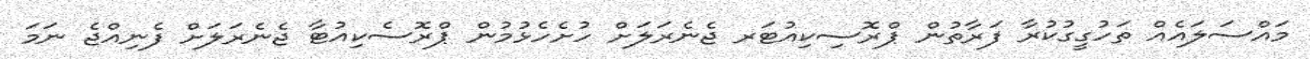
މައްސަލައެއް ތަހުގީގުކުރާ ފަރާތުން ޕްރޮސިކިއުޓަރ ޖެނެރަލަށް ހުށެހެޅުމުން ޕްރޮސެކިއުޓާ ޖެނެރަލަށް ފެނިއްޖެ ނަމަ